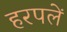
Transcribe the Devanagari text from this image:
हरपलें